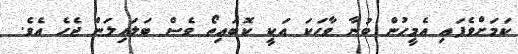
ކަމަށްވެފައި އެމީހުން ބުނާ ވާހަކަ އަކީ ކޮބައިތޯ ވެސް ބަލައިލަން ޖެހެ އެވެ.